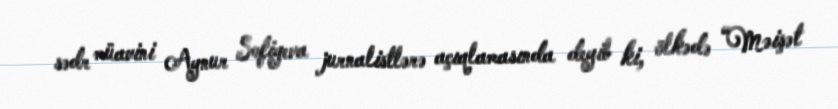
sədr müavini Aynur Sofiyeva jurnalistlərə açıqlamasında deyib ki, ölkədə “Məişət